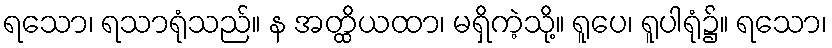
ရသော၊ ရသာရုံသည်။ န အတ္ထိယထာ၊ မရှိကဲ့သို့။ ရူပေ၊ ရူပါရုံ၌။ ရသော၊